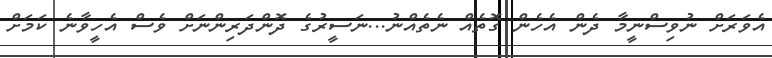
އެވަރަށް ނުވިސްނީމާ ދެން އެހެން ގޮތެއް ނެތެއްނު...ނަސީރުގެ ދޮންދަރިންނަށް ވެސް އެހީވާނެ ކަމަށް